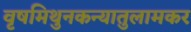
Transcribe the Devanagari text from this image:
वृषमिथुनकन्यातुलामकर